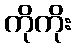
ကိုကိုး